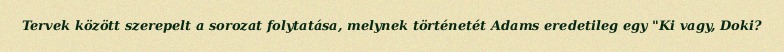
Tervek között szerepelt a sorozat folytatása, melynek történetét Adams eredetileg egy "Ki vagy, Doki?